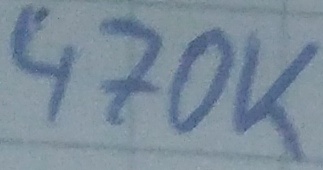
Text: 470K